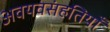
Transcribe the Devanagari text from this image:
अवयवसंहतियाँ